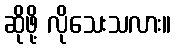
ဆိုဖို့ လိုသေးသလား။